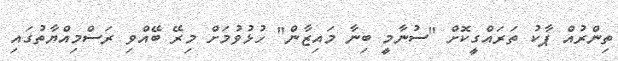
ތިންރުއް ޕާކު ތަރައްގީކޮށް "ސުނާމީ ބިނާ މައިޒާން" ހުޅުވުމަށް މިރޭ ބޭއްވި ރަސްމިއްޔާތުގައި